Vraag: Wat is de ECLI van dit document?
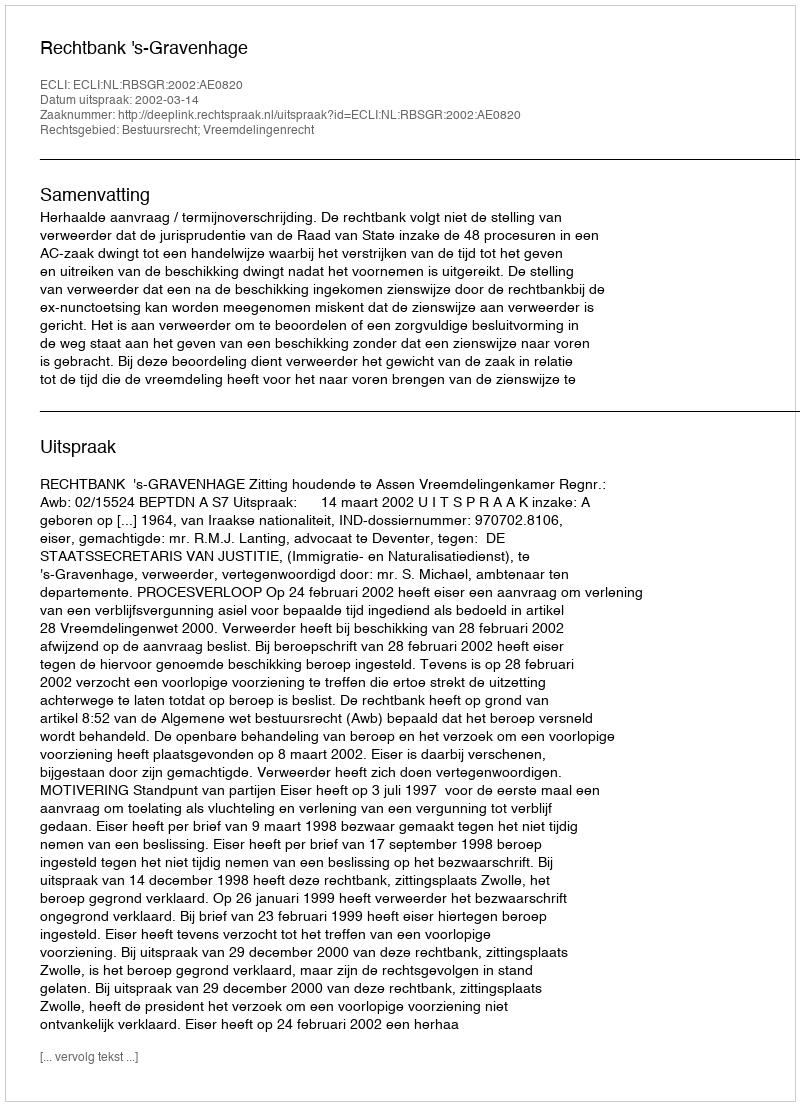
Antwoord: ECLI:NL:RBSGR:2002:AE0820